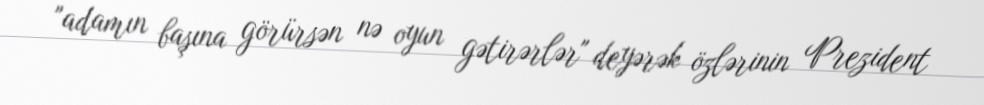
"adamın başına görürsən nə oyun gətirərlər" deyərək özlərinin Prezident